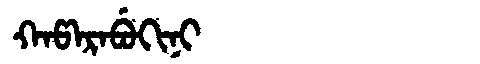
Manchu: ᡴᠠᡦᠠᡵᠠᠪᡠᡴᡳᠨᡳ
Romanization: KAPARABUKINI